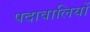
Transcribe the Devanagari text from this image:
पदावालियों